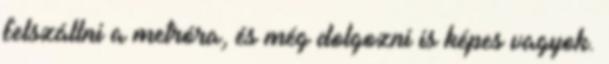
felszállni a metróra, és még dolgozni is képes vagyok.